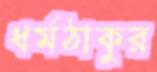
ধর্মঠাকুর